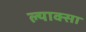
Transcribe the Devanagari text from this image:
ल्याक्सा